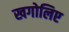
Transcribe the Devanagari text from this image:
खगोलिए